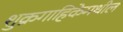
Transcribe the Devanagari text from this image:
शुक्रगाहिकेमधील